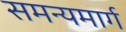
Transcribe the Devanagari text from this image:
समन्यमार्ग